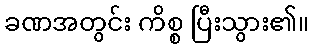
ခဏအတွင်း ကိစ္စ ပြီးသွား၏။